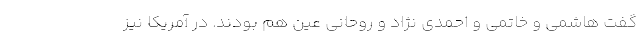
گفت هاشمی و خاتمی و احمدی نژاد و روحانی عین هم بودند. در آمریکا نیز